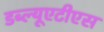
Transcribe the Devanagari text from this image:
डब्ल्यूएटीएस